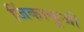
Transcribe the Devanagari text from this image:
जिंकाकूजी